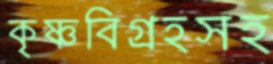
কৃষ্ণবিগ্রহসহ